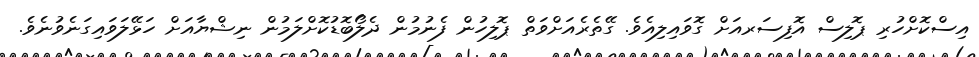
އިސްކޮށްހުރި ޕޮލިސް އޮފިސަރއަށް ގޮވައިލިއެވެ. ގޭތެރެއަށްވަތް ޕޮލިހުން ފެނުމުން ދެލޯބޮޑުކޮށްލަމުން ނިޝްޔާއަށް ހަޅޭލަވައިގަނެވުނެވެ.